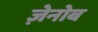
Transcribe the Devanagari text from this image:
ज़ेनोब